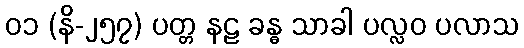
၀၁ (နိ-၂၅၇) ပတ္တ နဠ ခန္ဓ သာခါ ပလ္လဝ ပလာသ